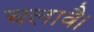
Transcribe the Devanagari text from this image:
चलावै।